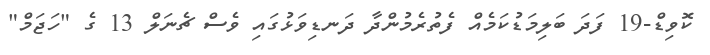
ކޮވިޑް-19 ފަދަ ބަލިމަޑުކަމެއް ފެތުރެމުންދާ ދަނޑިވަޅުގައި ވެސް ޗެނަލް 13 ގެ "ހަޖަމް"